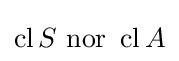
\operatorname {cl} S{\text{ nor }}\operatorname {cl} A